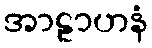
အာဠာဟနံ